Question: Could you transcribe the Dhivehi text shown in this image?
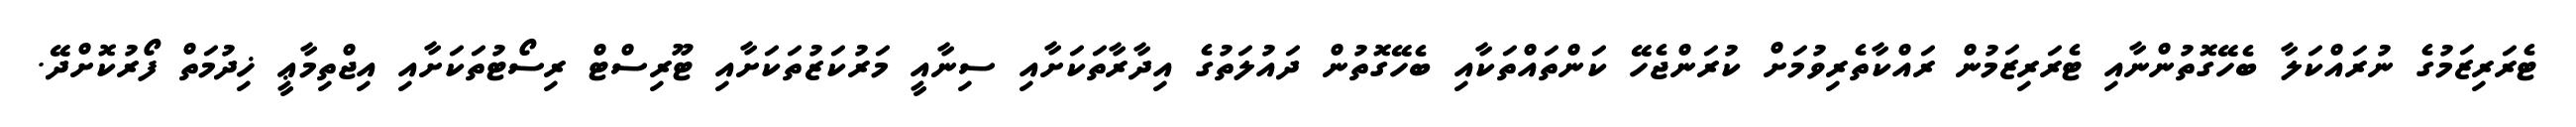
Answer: ޓެރަރިޒަމުގެ ނުރައްކަލާ ބެހޭގޮތުންނާއި ޓެރަރިޒަމުން ރައްކާތެރިވުމަށް ކުރަންޖެހޭ ކަންތައްތަކާއި ބެހޭގޮތުން ދައުލަތުގެ އިދާރާތަކަށާއި ސިނާއީ މަރުކަޒުތަކަށާއި ޓޫރިސްޓް ރިސޯޓުތަކަށާއި އިޖްތިމާޢީ ޚިދުމަތް ފޯރުކޮށްދޭ.